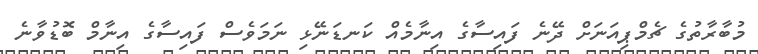
މުބާރާތުގެ ޗެމްޕިއަނަށް ދޭނެ ފައިސާގެ އިނާމެއް ކަނޑަނޭޅި ނަމަވެސް ފައިސާގެ އިނާމް ބޮޑުވާނެ